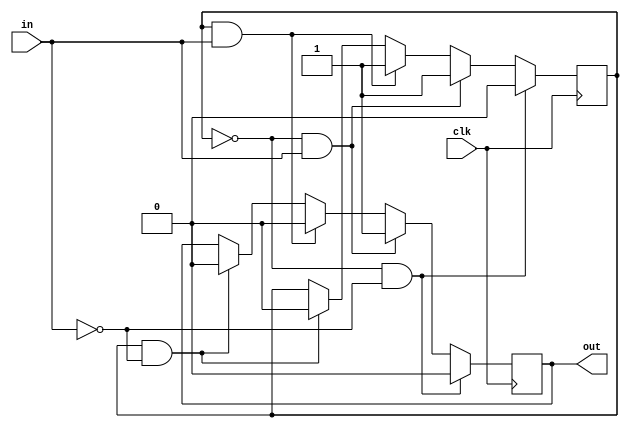
`timescale 1ns / 1ps
//////////////////////////////////////////////////////////////////////////////////
// Company: 
// Engineer: 
// 
// Design Name: 
// Module Name: debounce
// Project Name: 
// Target Devices: 
// Tool Versions: 
// Description: 
// 
// Dependencies: 
// 
// Revision:
// Revision 0.01 - File Created
// Additional Comments:
// 
//////////////////////////////////////////////////////////////////////////////////

module oneShot (
    input clk,
    input in,
    output reg out
);
  reg s;
  always @(posedge clk) begin
    if (s == 0 && !in) begin
      s   <= 0;
      out <= 0;
    end else if (s == 0 && in) begin
      s   <= 1;
      out <= 1;
    end else if (s == 1 && in) begin
      s   <= 1;
      out <= 0;
    end else if (s == 1 && !in) begin
      s   <= 0;
      out <= 0;
    end
  end
endmodule

module debounce (
    input clk,  // clock
    input in,  // signal input
    output reg out,  // signal output (debounced)
    output ondn,  // on down (one tick)
    output onup  // on up (one tick)
);

  // sync with clock and combat metastability
  reg sync_0, sync_1;
  always @(posedge clk) sync_0 <= in;
  always @(posedge clk) sync_1 <= sync_0;

  reg [17:0] cnt;  // 2^18 = 2.6 ms counter at 100 MHz
  wire idle, max;

  assign idle = (out == sync_1);
  assign max  = &cnt;
  assign ondn = ~idle & max & ~out;
  assign onup = ~idle & max & out;

  always @(posedge clk) begin
    if (idle) begin
      cnt <= 0;
    end else begin
      cnt <= cnt + 1;
      if (max) out <= ~out;
    end
  end
endmodule


module debouncer (
    input clk,
    input I,
    output reg O
);
  parameter COUNT_MAX = 255, COUNT_WIDTH = 8;
  reg [COUNT_WIDTH-1:0] count;
  reg Iv = 0;
  always @(posedge clk)
    if (I == Iv) begin
      if (count == COUNT_MAX) O <= I;
      else count <= count + 1'b1;
    end else begin
      count <= 'b0;
      Iv <= I;
    end

endmodule